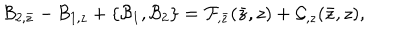
{ \cal B } _ { 2 , \bar { z } } - { \cal B } _ { 1 , z } + \{ { \cal B } _ { 1 } , { \cal B } _ { 2 } \} = { \cal F } _ { , \bar { z } } ( \bar { z } , z ) + { \cal G } _ { , z } ( \bar { z } , z ) ,